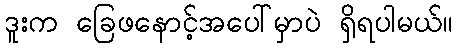
ဒူးက ခြေဖနောင့်အပေါ်မှာပဲ ရှိရပါမယ်။